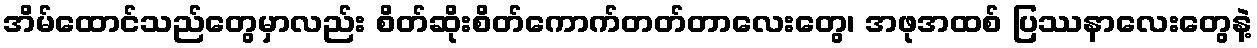
အိမ်ထောင်သည်တွေမှာလည်း စိတ်ဆိုးစိတ်ကောက်တတ်တာလေးတွေ၊ အဖုအထစ် ပြဿနာလေးတွေနဲ့